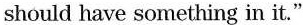
should have something in it."